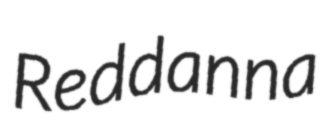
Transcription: Reddanna